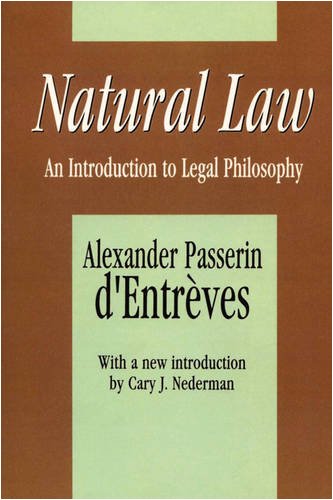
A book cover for Natural Law: An Introduction to Legal Philosophy (Comparative Urban and Community Research); Alexander Passerin D'Entreves; Medical Books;